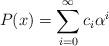
LaTeX: \begin{align*} P(x) = \sum_{i=0}^\infty c_i \alpha^i \end{align*}